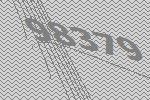
98379